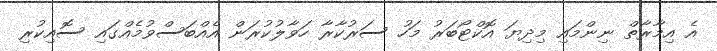
އެ އިމާރާތް ނިންމައި މިދިޔަ އޮކްޓޯބަރު މަހު ސަރުކާރާ ހަވާލުކުރަން އެއްބަސްވުމެއްގައި ސޮއިކުރި